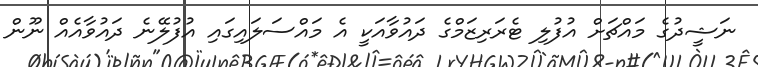
ނަޝީދުގެ މައްޗަށް އުފުލި ޓެރަރިޒަމްގެ ދައުވާއަކީ އެ މައްސަލައިގައި އުފުލޭނެ ދައުވާއެއް ނޫން